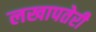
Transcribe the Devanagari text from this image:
लखापतेरी